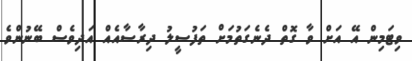
ވިޓަމިން އޭ އަށް ވާ ގޮތް ދެނެގަތުމަށް ތަފުސީލު ދިރާސާއެއް އަދިވެސް ބޭނުންވެ